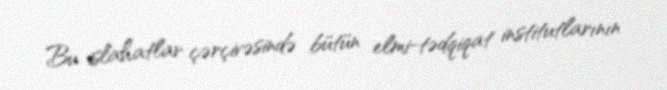
Bu islahatlar çərçivəsində bütün elmi-tədqiqat institutlarının